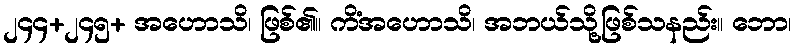
၂၄၄+၂၄၅+ အဟောသိ၊ ဖြစ်၏။ ကိံအဟောသိ၊ အဘယ်သို့ဖြစ်သနည်း။ ဘော၊